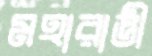
মহারাজ্ঞী